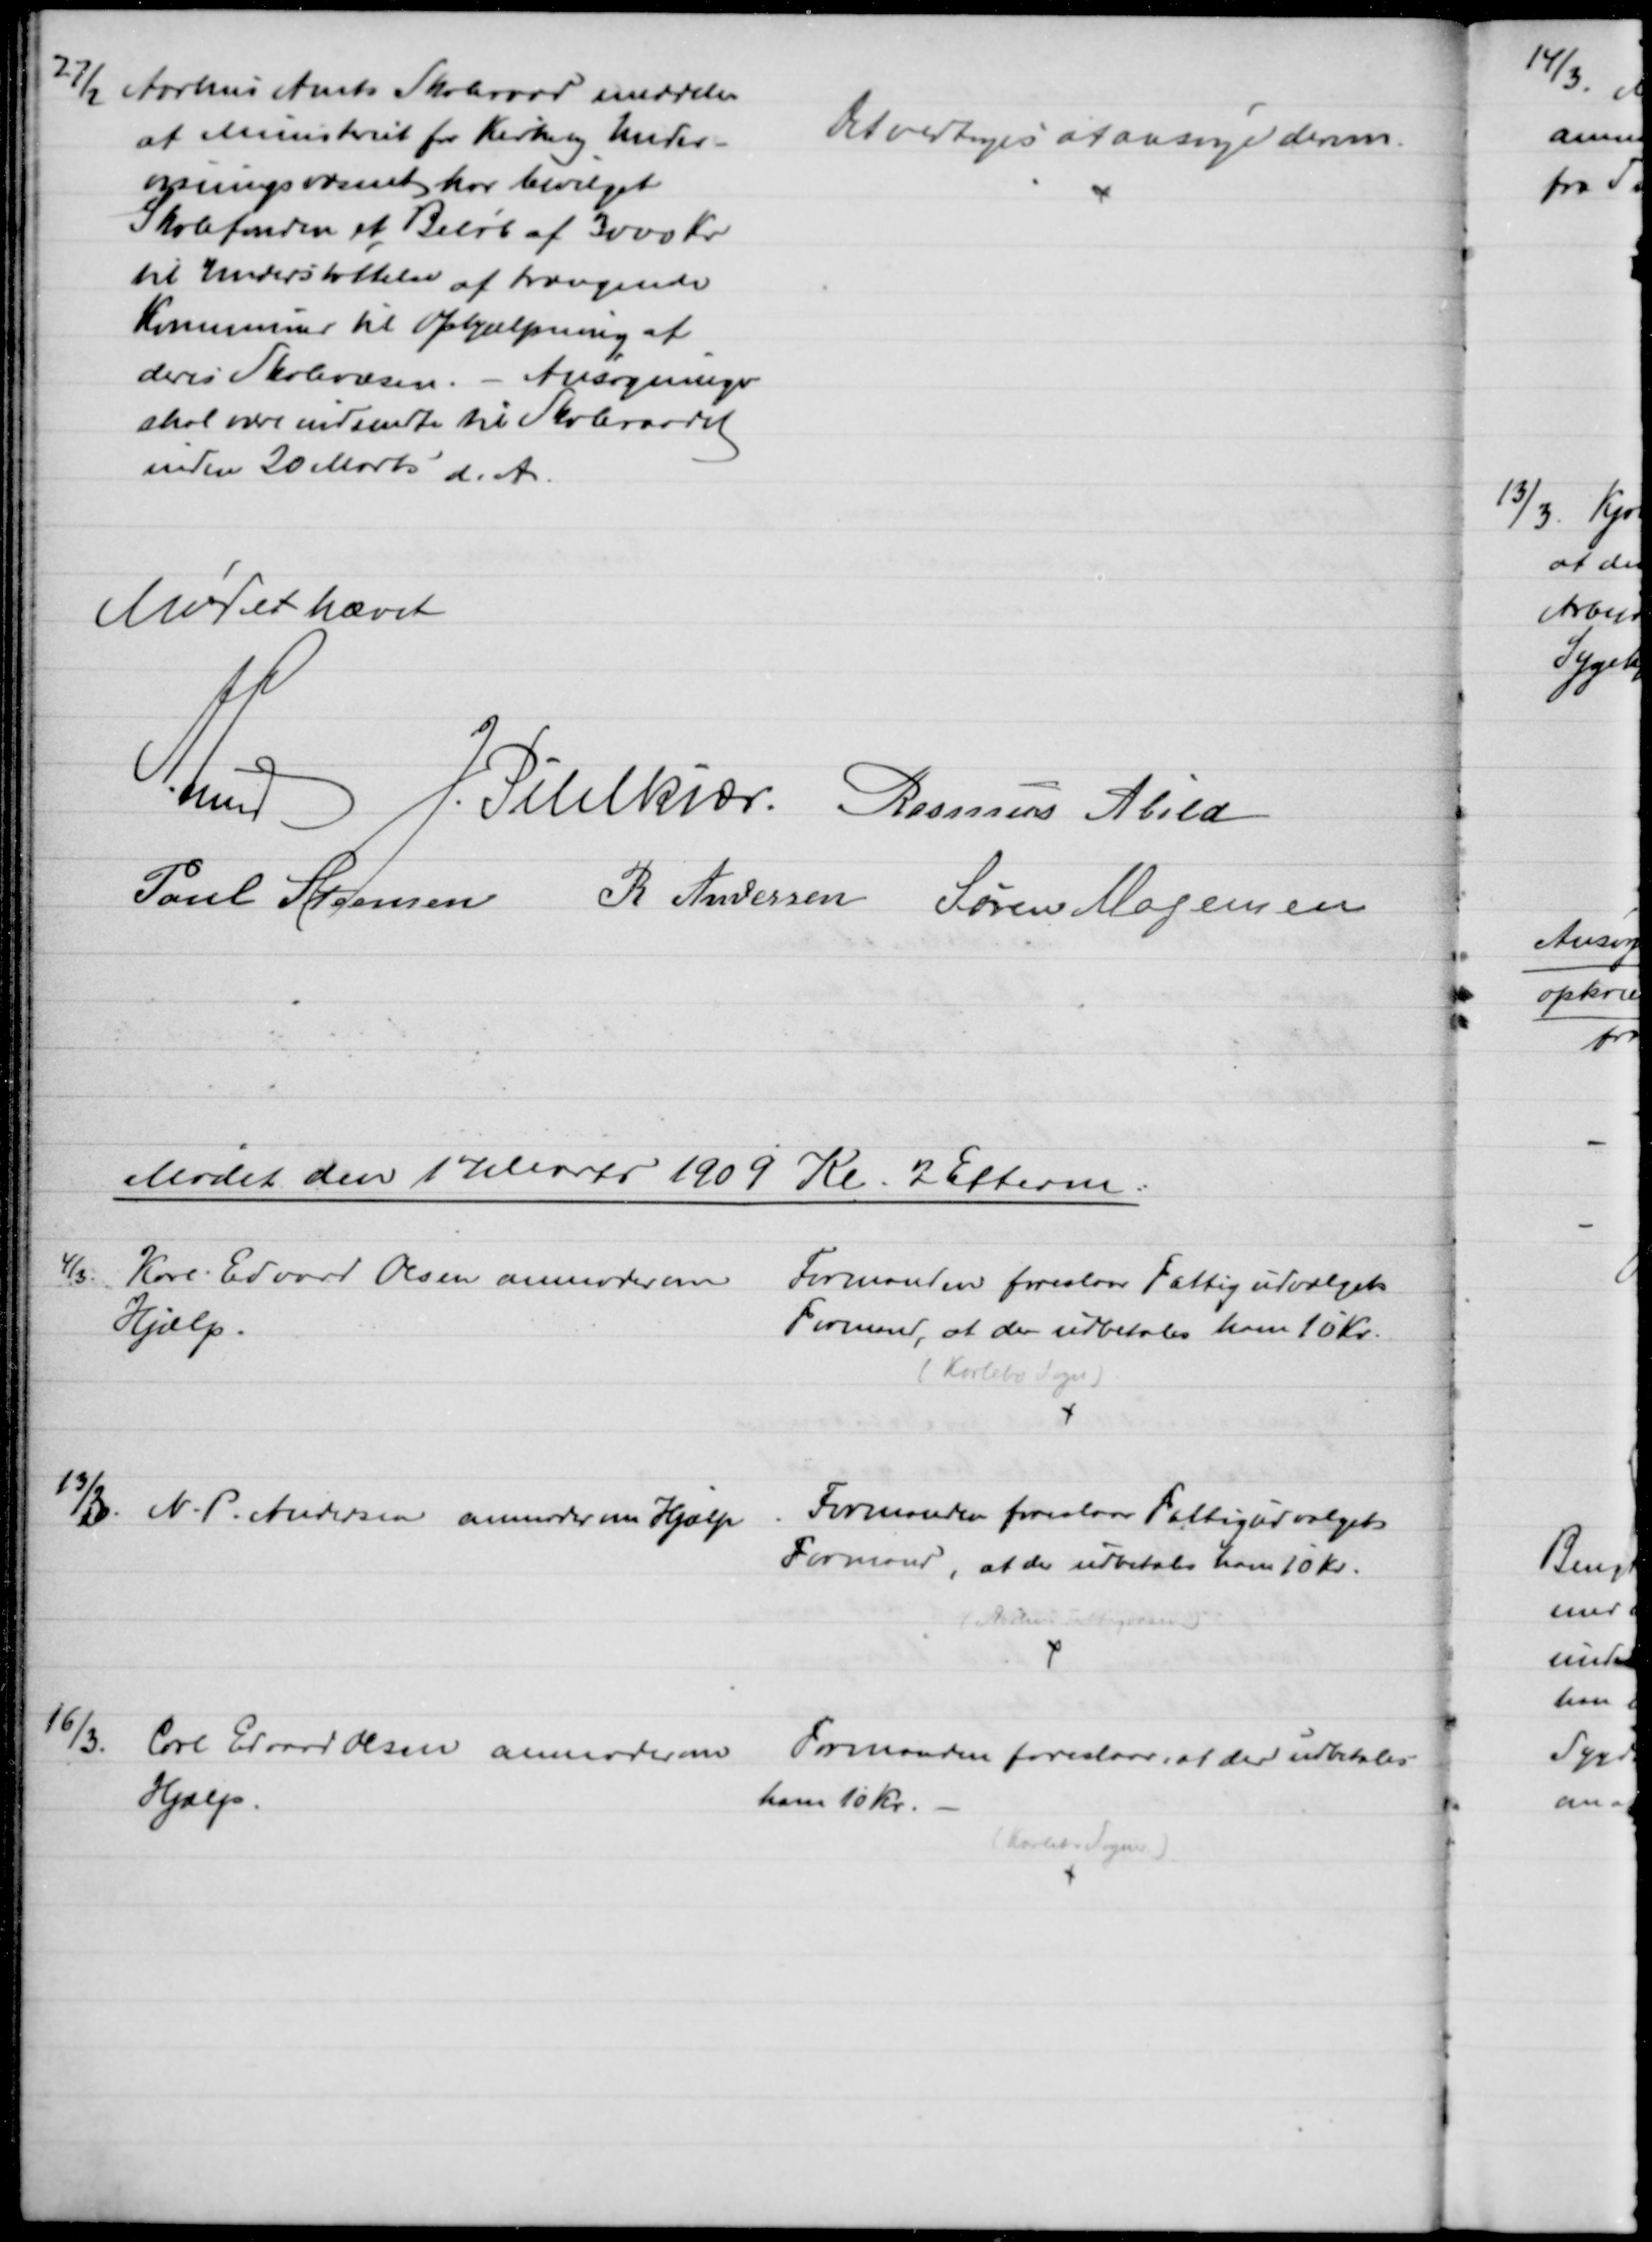
Transskription:
27/2 Aarhus Amts Skoleraad meddeler
at Ministeriet for Kirke og Under-
visningsvæsenet har bevilget
Skolefonden et Beløb af 3000 Kr.
til Understøttelse af trængende
Kommuner til Ophjælpning af
deres Skolevæsen. - Ansøgninger
skal være indsendte til Skoleraadet
inden 20 Marts d. A.
Det vedtoges at ansøge derom.
Mødet hævet
A. Lund J. Pihlkjær Rasmus Abild
Poul Steensen R. Andersen Søren Mogensen
Mødet den 17 Marts 1909 Kl. 2 Efterm.
4/3.
Karl Edvard Olsen anmoder om
Hjælp.
Formanden foreslaar Fattigudvalgets
Formand, at der udbetales ham 10 Kr.
(Karlebo Sogn)
13/3. N. P. Andersen anmoder om Hjælp
Formanden foreslaar Fattigudvalgets
Formand, at der udbetales ham 10 Kr.
(Aarhus Fattigvæsen)
16/3.
Carl Edvard Olsen anmoder om
Hjælp.
Formanden foreslaar, at der udbetales
ham 10 Kr.
(Karlebo Sogn)